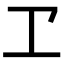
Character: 𠀄